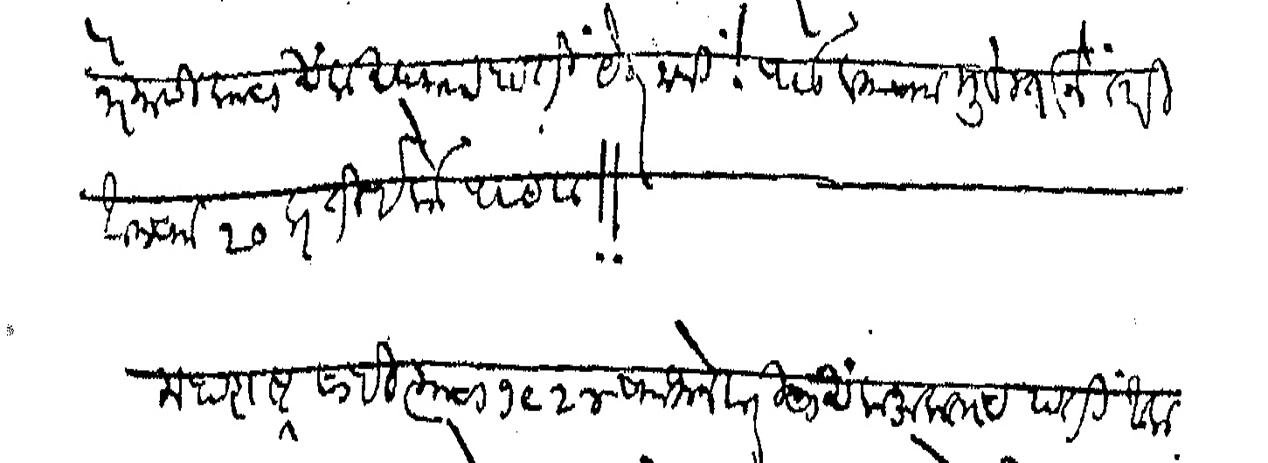
Transliteration (Devanagari): त्रैमासिकाचा अंक अद्याप हाती येत नाही पाडव्याच्या मुहूर्ताने  तरी आमच्या २० प्रती इकडे पाठवा महाराष्ट्र साहित्याचा १९२४ च्या जानेवारीचा अंक नुकताच हाती आला